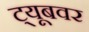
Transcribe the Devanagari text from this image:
ट्यूबवर